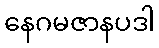
နေဂမဇာနပဒါ